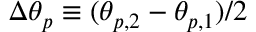
\Delta \theta _ { p } \equiv ( \theta _ { p , 2 } - \theta _ { p , 1 } ) / 2